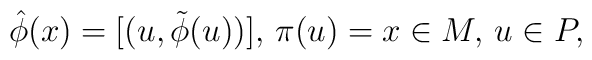
\hat{\phi}(x) = [(u,\tilde{\phi}(u))], \, \pi(u)=x\in M,\, u\in P,